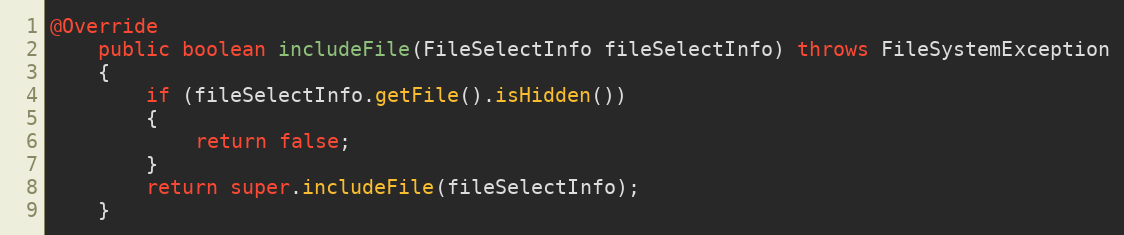
Language: Java
@Override
    public boolean includeFile(FileSelectInfo fileSelectInfo) throws FileSystemException
    {
        if (fileSelectInfo.getFile().isHidden())
        {
            return false;
        }
        return super.includeFile(fileSelectInfo);
    }